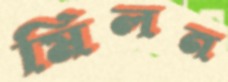
মিলন